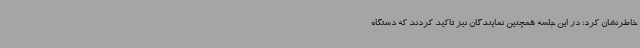
خاطرنشان کرد: در این جلسه همچنین نمایندگان نیز تاکید کردند که دستگاه